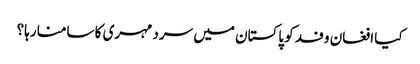
کیا افغان وفد کو پاکستان میں سرد مہری کا سامنا رہا؟